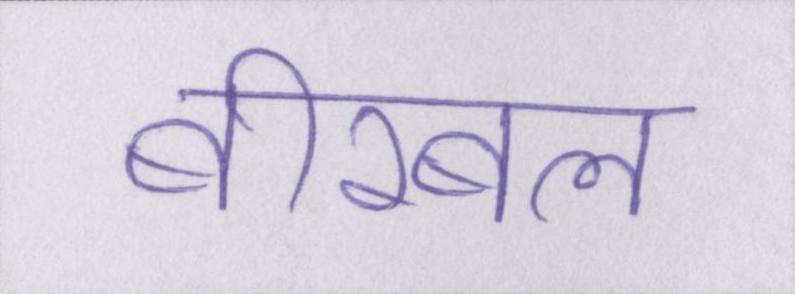
बीरबल